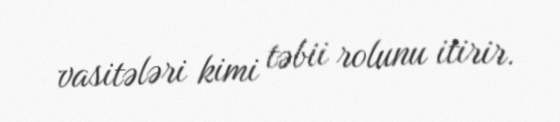
vasitələri kimi təbii rolunu itirir.